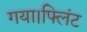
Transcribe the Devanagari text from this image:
गया।फ्लिंट